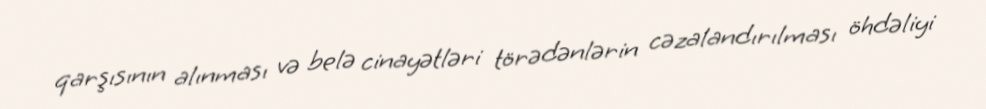
qarşısının alınması və belə cinayətləri törədənlərin cəzalandırılması öhdəliyi